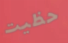
حظيت